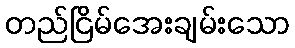
တည်ငြိမ်အေးချမ်းသော